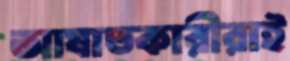
আঘাতকারীরাই